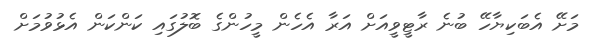
މަށޭ އެބަކިޔާހޭ ބުނެ ރާޓީވީއަށް އަރާ އެހެން މީހުންގެ ބޮލުގައި ކަންކަން އެޅުވުމަށް